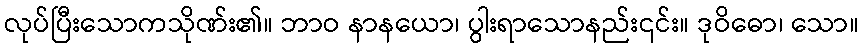
လုပ်ပြီးသောကသိုဏ်း၏။ ဘာဝ နာနယော၊ ပွါးရာသောနည်း၎င်း။ ဒုဝိဓော၊ သော။